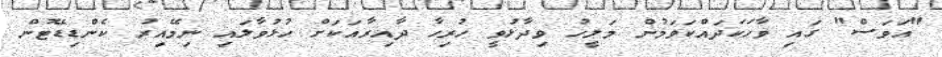
"އަވަސް" ގައި ވާހަކަދައްކަވަމުން މަލީހު ވިދާޅުވީ ހުރިހާ ދާއިރާއަކަށް ހުޅުވާލައި ނިމޭއިރު ކެންޑިޑޭޓުން